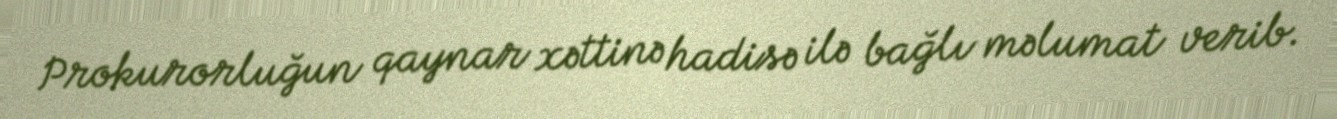
Prokurorluğun qaynar xəttinə hadisə ilə bağlı məlumat verib.